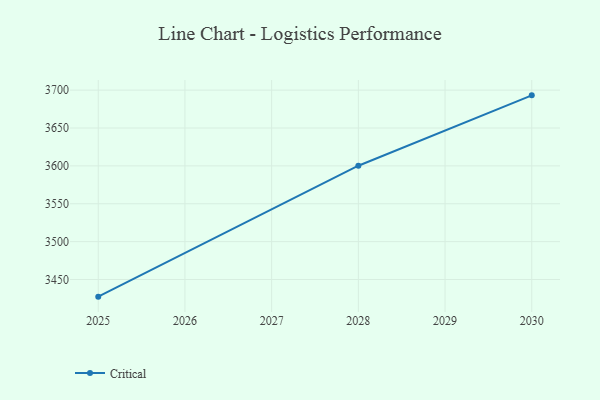
{"axis": {"x": "Year", "y": "Tickets Resolved"}, "legend": ["Critical"], "data": [{"x": "2030", "y": 3693.1, "type": "Critical"}, {"x": "2028", "y": 3600.2, "type": "Critical"}, {"x": "2025", "y": 3427.4, "type": "Critical"}]}